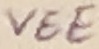
Text: VEE